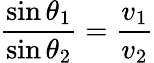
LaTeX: {\frac{\sin\theta_{1}}{\sin\theta_{2}}}={\frac{v_{1}}{v_{2}}}